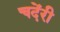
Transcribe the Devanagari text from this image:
चदेंरी